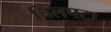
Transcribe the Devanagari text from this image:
चिलपटा